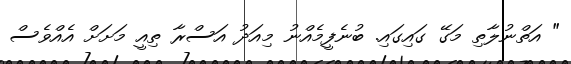
" އަތްނުލާތި މަގޭ ގައިގައި. ބުނެފީމެއްނު މިއަދު އަސްރާ ތިއީ މަށަށް އެއްވެސް